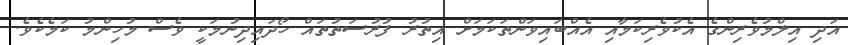
އަދި އިލްމުވެރިންގެ އެކުވެރިކަމާއި އެއްބައިވަންތަކަމަށް އިތުރު ފުރުސަތުތައް ހޯދައިދިނުމަކީ ވެސް މުހިންމު ކަމެކެވެ.